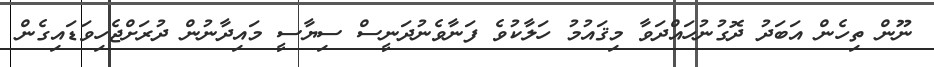
ނޫން ތިހެން އަބަދު ދޮގުނުހައްދަވާ މިޤައުމު ހަލާކުވެ ފަނާވެނުދަނީސް ސިޔާސީ މައިދާނުން ދުރަށްޖެހިވަޑައިގެން